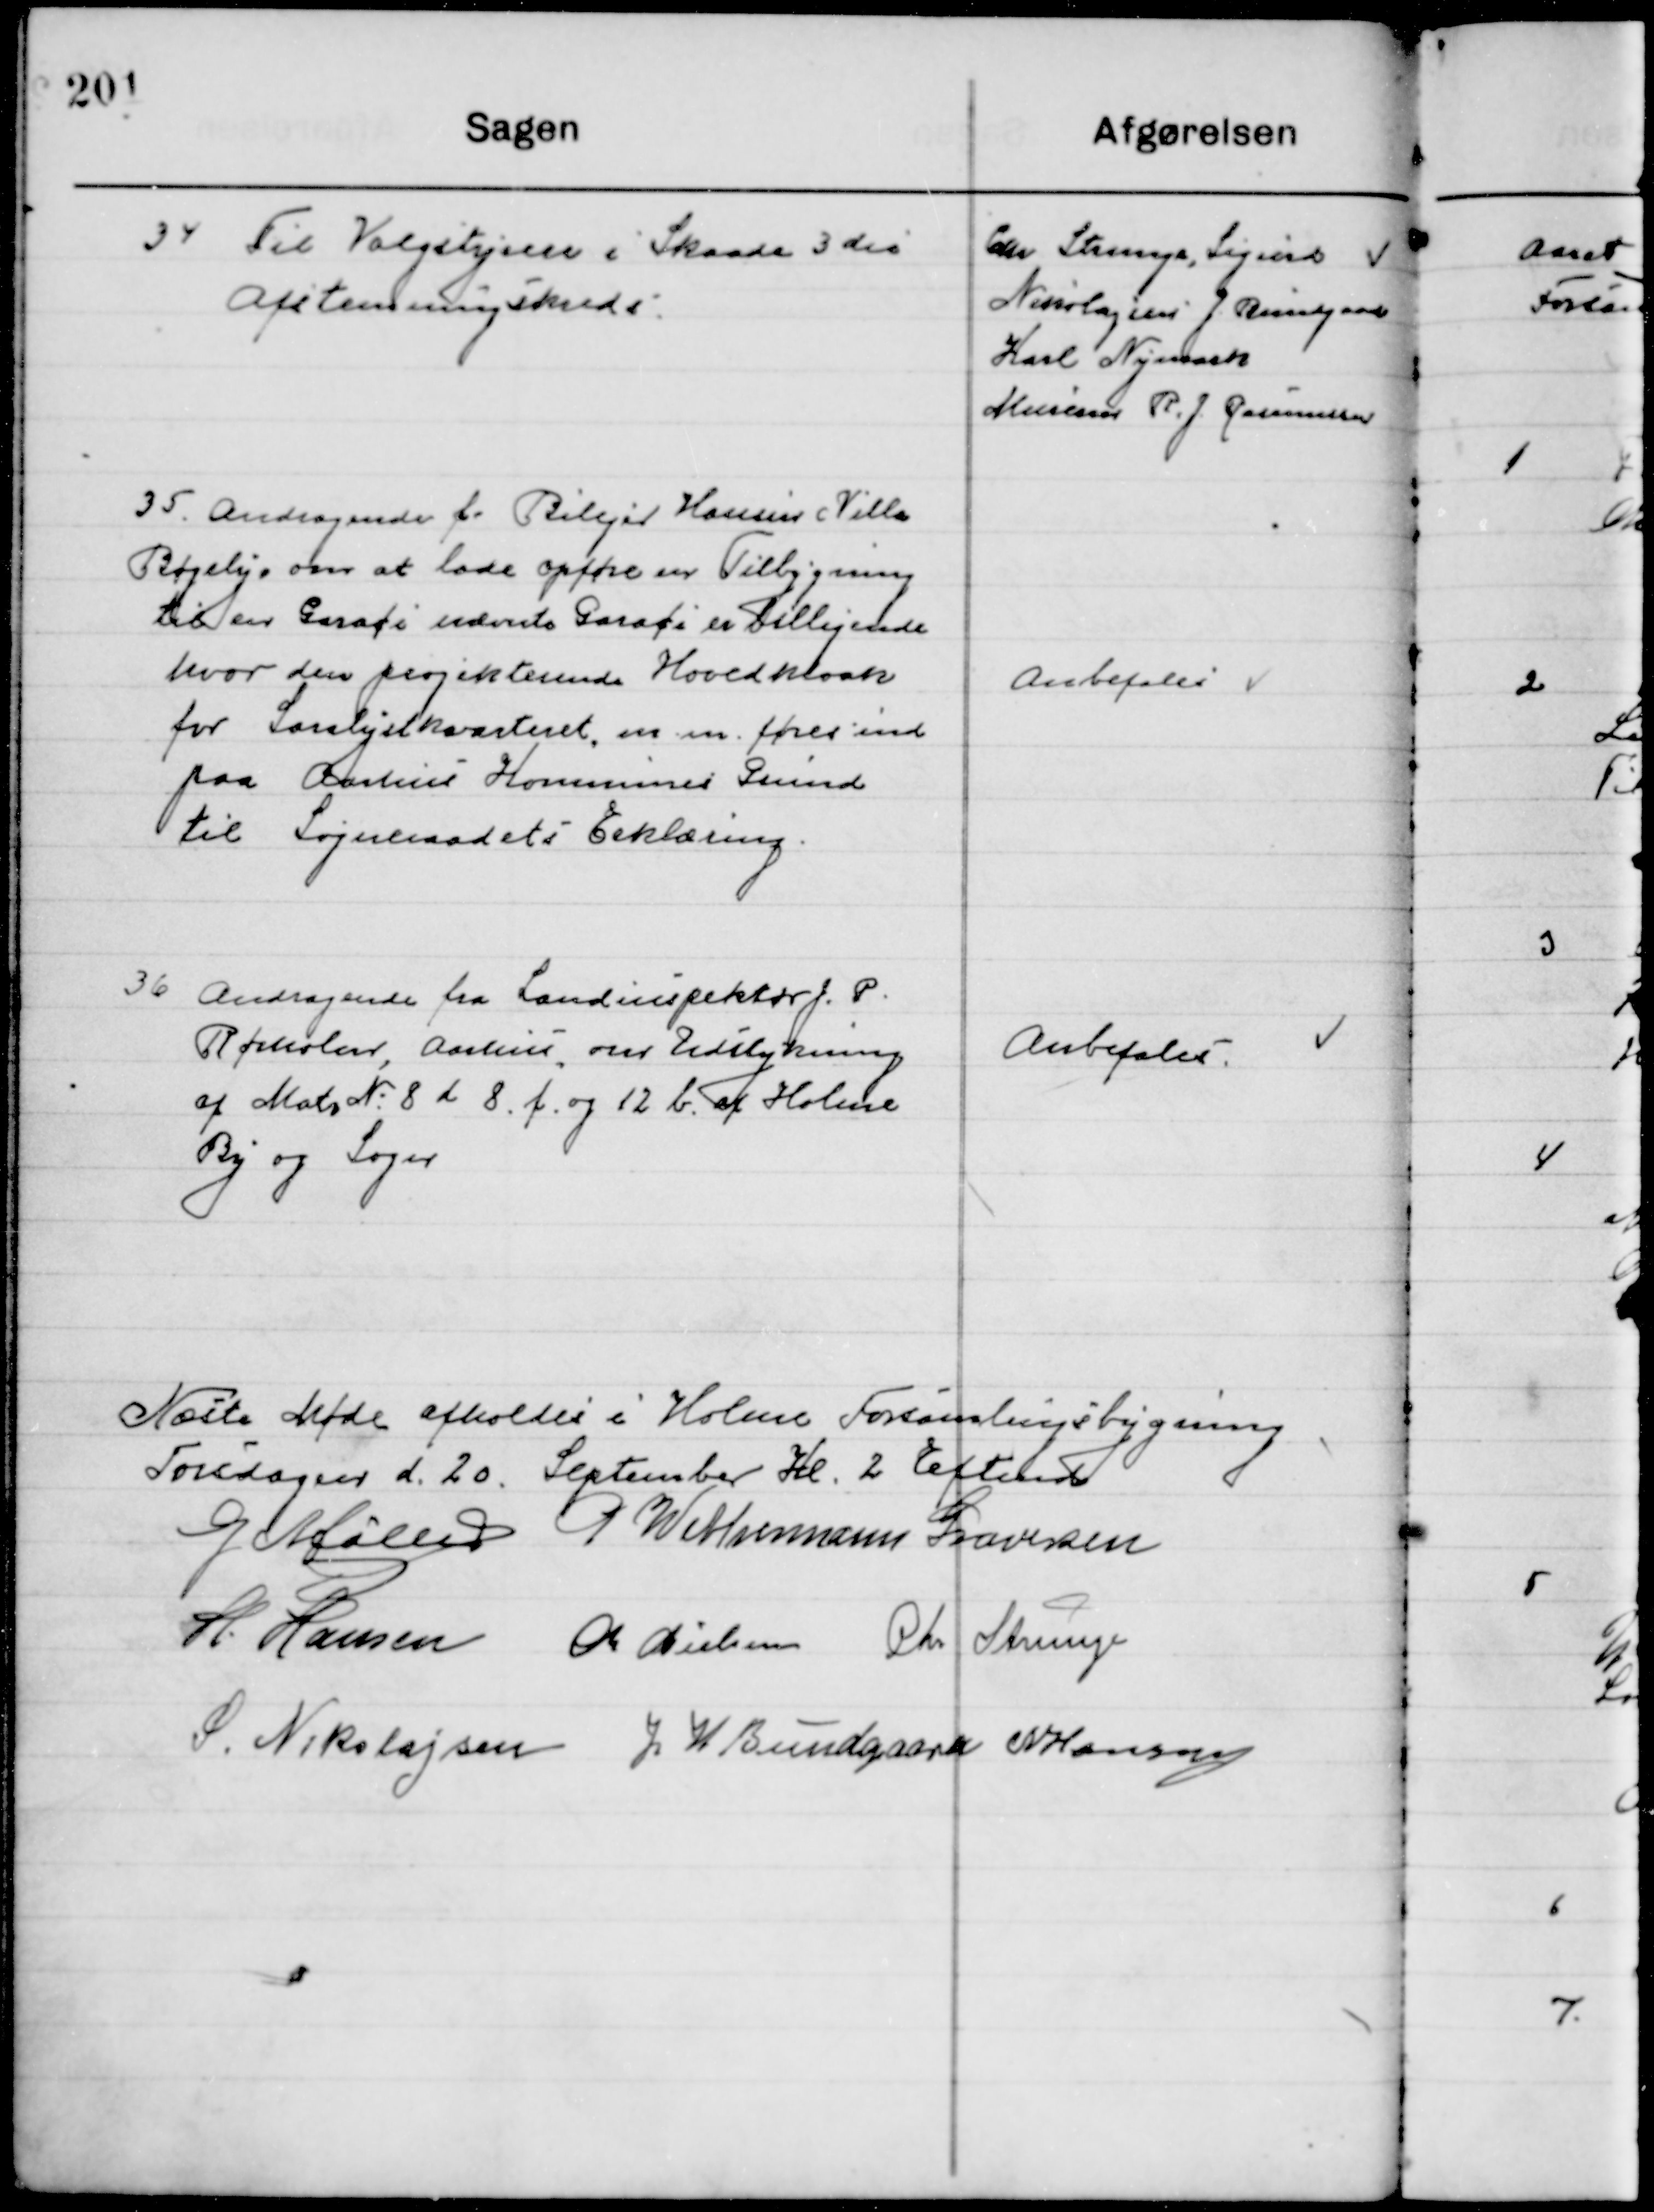
Transskription:
34

Til Valgstyrelsen i Skaade 3die
Afstemningskreds

Chr. Strunge, Sigurd
Nikolajsen, J. Ringaard
Karl Nymark Murerm. R. J. Rasmussen

35

Andragende f. Bilejer Hansen Villa
Bøgely, om at lade opføre en Tilbygning
til en Garace nævnte Garace er Tilligende
hvor den projekterende Hovedkloak
for Saralyst kvarteret m.m. føres ind
paa Aarhus Kommunes Grund
til Sogneraadets Erklæring

Anbefales

36

Andragende fra Landinspektør J. P.
Rørholm, Aarhus, om Udstykning
af Matr. Nr. 8 d 8 f og 12 b af Holme
By og Sogn

Anbefales

Næste Møde afholdes i  Holme Forsamlingsbygning
Torsdagen d. 20. September Kl. 2 Eftermd.

G. Møller
P. Wethemann Graversen
H. Hansen
M. Nielsen
Chr. Strunge
S. Nikolajsen
J. W. Bundgaard
N. Hansen